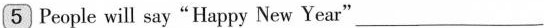
\boxed{5} People will say"Happy New Year"___